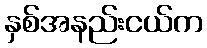
နှစ်အနည်းငယ်က